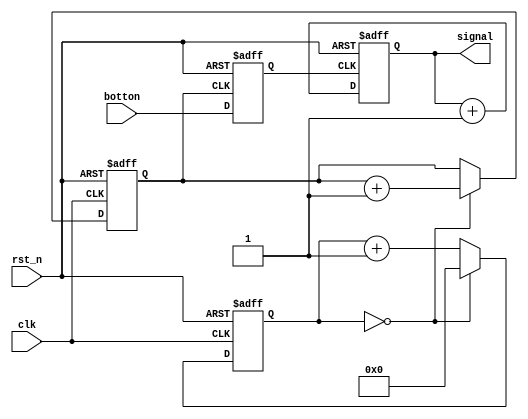
module RemoveChattering (
	input clk, botton, rst_n,
	output reg signal);
	reg ten_hz_clk;
	reg botton_reg;
	reg [7:0] remove_chat;
	wire rst_n1,rst_n2,rst_n3;
	assign rst_n1 = rst_n;
	assign rst_n2 = rst_n;
	assign rst_n3 = rst_n;
	always @(posedge clk or negedge rst_n1) begin
		if(!rst_n1) begin
			remove_chat <= 7'd0000000;
			ten_hz_clk <= 1'b0;
		end else begin
			remove_chat <= remove_chat +1;
			if(remove_chat ==7'd2000000) begin
				ten_hz_clk <= ten_hz_clk +1;
				remove_chat <= 7'd0000000;
			end else begin
				ten_hz_clk <= ten_hz_clk;
			end
		end
	end
	always @ (posedge ten_hz_clk or negedge rst_n2) begin
		if(!rst_n2) begin
			botton_reg <= 1'b0;
		end else begin
			botton_reg <= botton;
		end
	end
	always @(posedge botton_reg or negedge rst_n3) begin
		if(!rst_n3) begin
			signal <= 1'b0;
		end else begin
			signal <= signal +1;
		end
	end
endmodule